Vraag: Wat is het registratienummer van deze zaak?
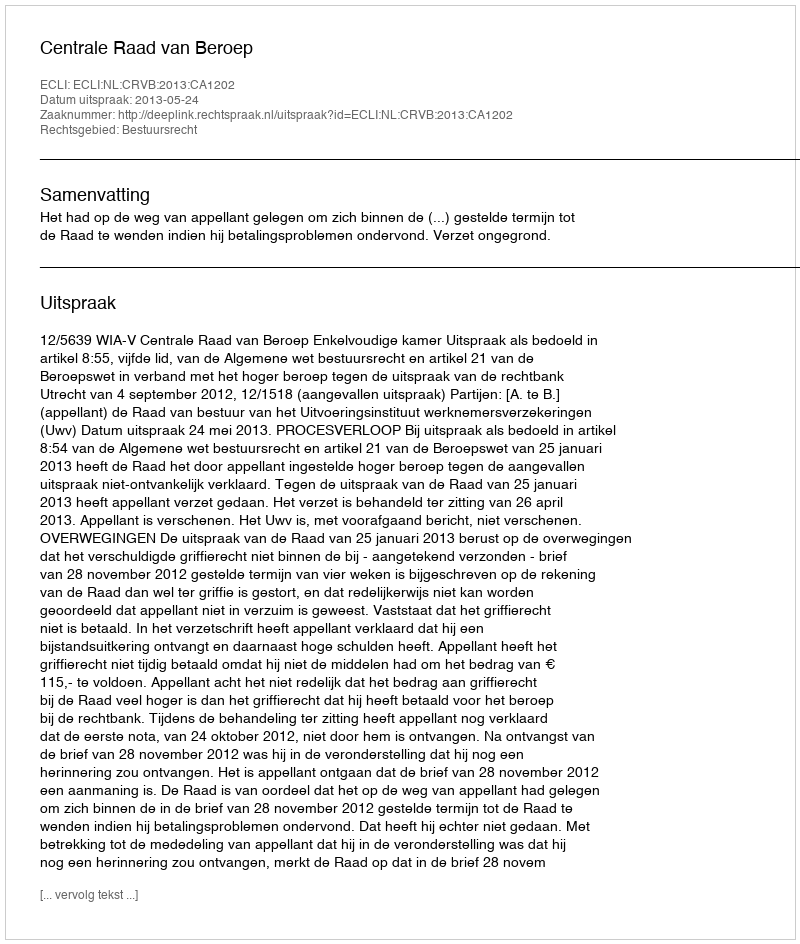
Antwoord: http://deeplink.rechtspraak.nl/uitspraak?id=ECLI:NL:CRVB:2013:CA1202